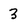
Character: 3